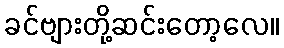
ခင်ဗျားတို့ဆင်းတော့လေ။